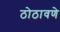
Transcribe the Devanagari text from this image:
ठोठावणे